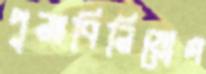
পুনঃবিনিয়োগ